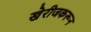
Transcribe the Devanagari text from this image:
खेरीजकरून